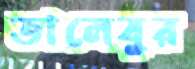
তালেবুর